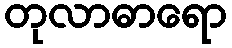
တုလာဓာရော